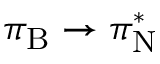
\pi _ { \mathrm { B } } \rightarrow \pi _ { \mathrm { N } } ^ { * }